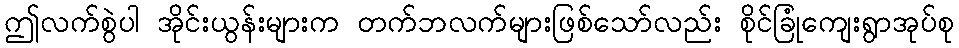
ဤလက်စွဲပါ အိုင်းယွန်းများက တက်ဘလက်များဖြစ်သော်လည်း စိုင်ခြုံကျေးရွာအုပ်စု